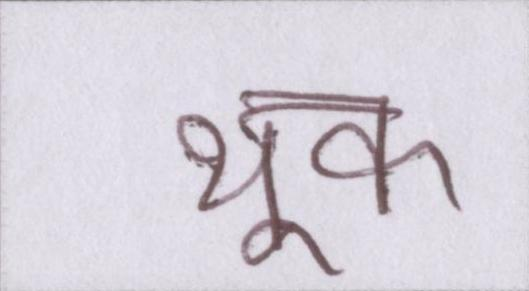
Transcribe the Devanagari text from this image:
थूक